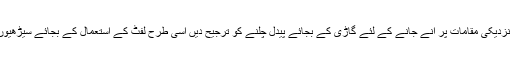
اپنی زندگی میں حرکت کو بڑھائیں اور نزدیکی مقامات پر آنے جانے کے لئے گاڑی کے بجائے پیدل چلنے کو ترجیح دیں اسی طرح لفٹ کے استعمال کے بجائے سیڑھیوں سے اوپر نیچے جانے کو فوقیت دیں ۔